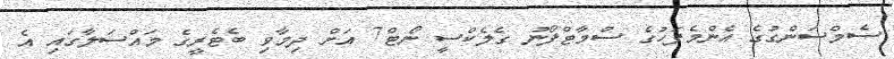
ސެމްސަންގުގެ އެންމެފަހުގެ ސްމާޓްފޯނު ގެލެކްސީ ނޯޓް7 އަށް ދިމާވި ބެޓެރީގެ މައްސަލާގައި އެ